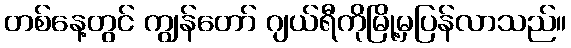
တစ်နေ့တွင် ကျွန်တော် ဂျယ်ရီကိုမြို့မှပြန်လာသည်။